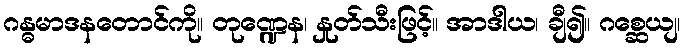
ဂန္ဓမာဒနတောင်ကို။ တုဏ္ဍေန၊ နှုတ်သီးဖြင့်။ အာဒါယ၊ ချီ၍။ ဂစ္ဆေယျ၊